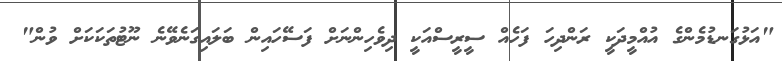
"އަޅުގަނޑުމެންގެ އުއްމީދަކީ ރަންދިހަ ފަހެއް ސީރީސްއަކީ ދިވެހިންނަށް ފަސޭހައިން ބަލައިގަނެވޭނެ ނޫޓުތަކަކަށް ވުން"